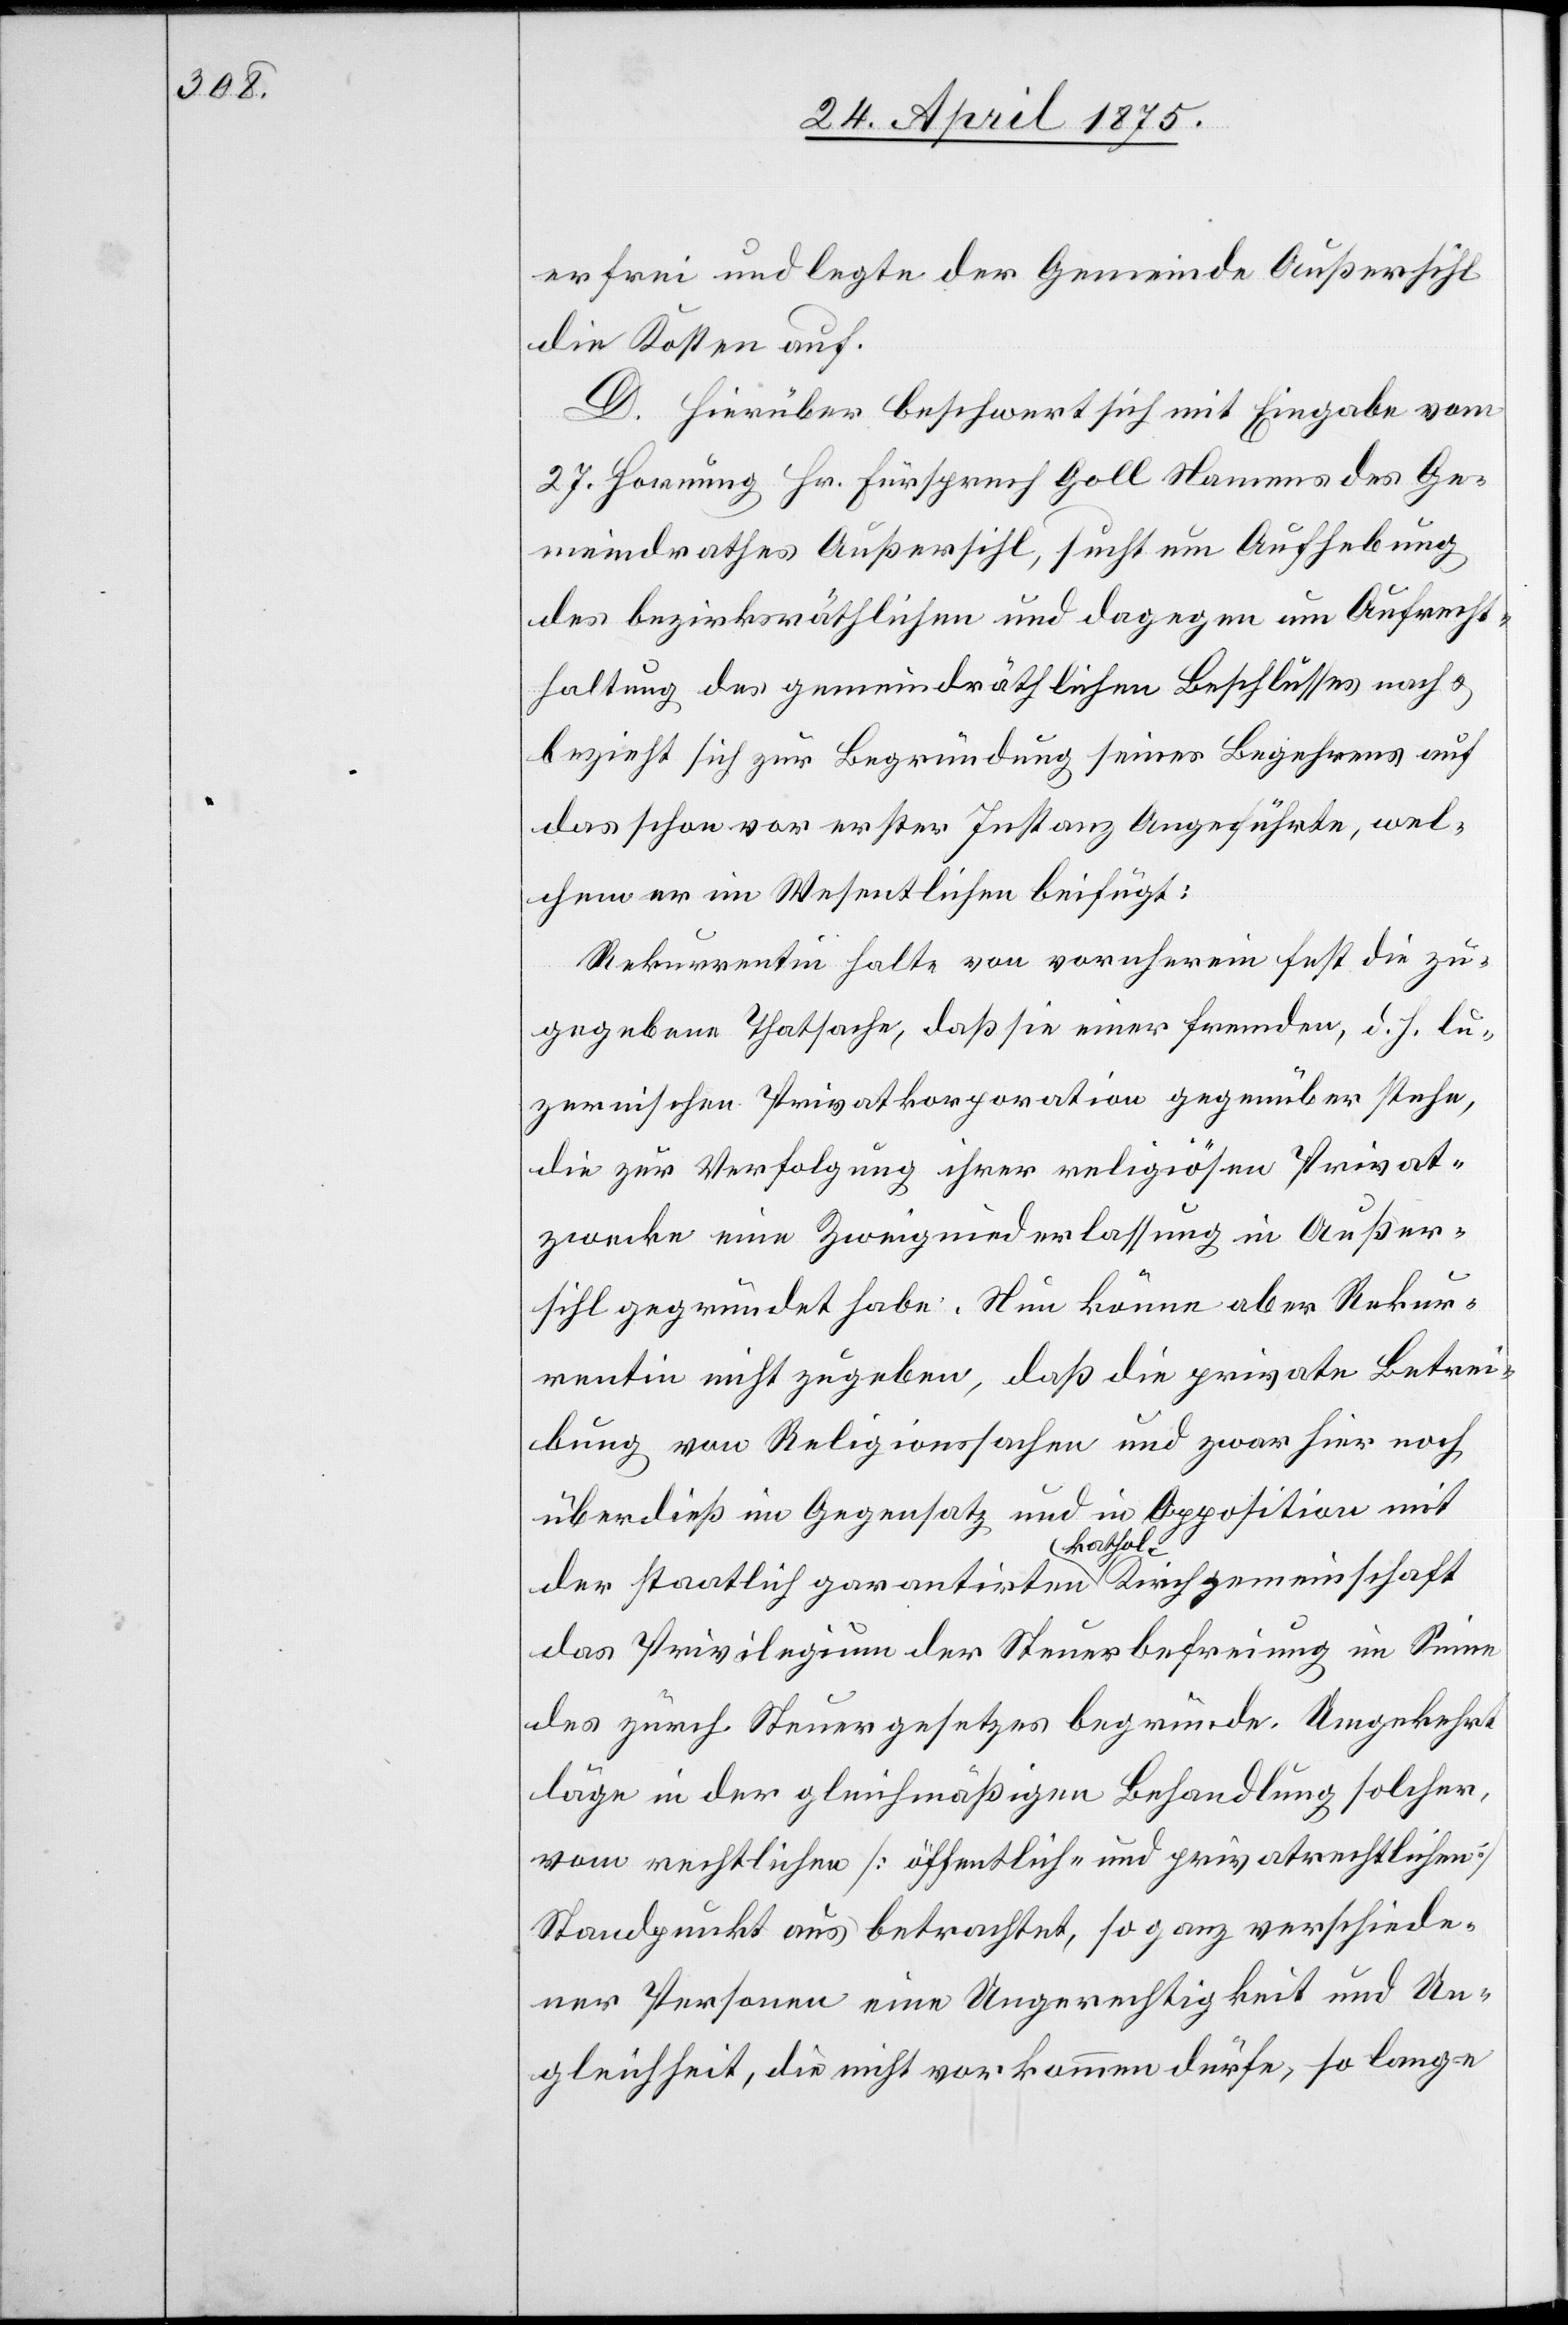
erfrei und legte der Gemeinde Außersihl
die Kosten auf.
D. Hierüber beschwert sich mit Eingabe vom
27. Hornung Hr. Fürsprech Goll Namens des Ge¬
meindrathes Außersihl, sucht um Aufhebung
des bezirksräthlichen und dagegen um Aufrecht¬
haltung des gemeindräthlichen Beschlusses nach &
bezieht sich zur Begründung seines Begehrens auf
das schon vor erster Instanz Ausgeführte, wel¬
chem er im Wesentlichen beifügt:
Rekurrentin halte von vornherein fest die zu¬
gegebene Thatsache, daß sie einer fremden, d. h. lu¬
zernischen Privatkorporation gegenüber stehe,
die zur Verfolgung ihrer religiösen Privat¬
zwecke eine Zweigniederlassung in Außer¬
sihl gegründet habe. Neu könne aber Rekur¬
rentin nicht zugeben, daß die private Betrei¬
bung von Religionssachen und zwar hier noch
überdieß im Gegensatz und in Apposition mit
der staatlich garantirten kathol. Kirchgemeinschaft
das Privilegium der Steuerbefreiung im Sinne
des zürch. Steuergesetzes begründe. Umgekehrt
läge in der gleichmäßigen Behandlung solcher
vom rechtlichen [öffentlich- und privatrechtlichen]
Standpunkt aus betrachtet, so ganz verschiede¬
ner Personen eine Ungerechtigkeit und Un¬
gleichheit, die nicht kommen dürfe, so lange